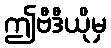
ဤဗီဒီယိုမှ